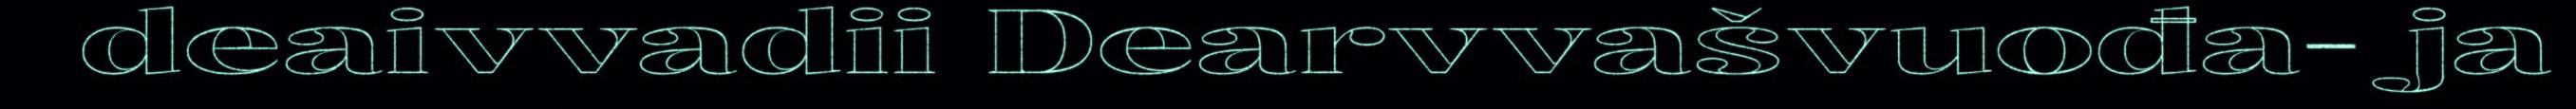
deaivvadii Dearvvašvuođa- ja